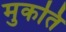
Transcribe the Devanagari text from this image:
मुकति